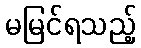
မမြင်ရသည့်